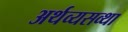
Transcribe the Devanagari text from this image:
अर्थव्यसव्था